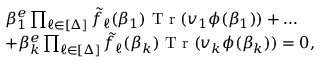
\begin{array} { r l } & { \beta _ { 1 } ^ { e } \prod _ { \ell \in [ \Delta ] } \tilde { f } _ { \ell } ( \beta _ { 1 } ) \textrm { T r } ( v _ { 1 } \phi ( \beta _ { 1 } ) ) + \ldots } \\ & { + \beta _ { k } ^ { e } \prod _ { \ell \in [ \Delta ] } \tilde { f } _ { \ell } ( \beta _ { k } ) \textrm { T r } ( v _ { k } \phi ( \beta _ { k } ) ) = 0 , } \end{array}